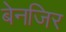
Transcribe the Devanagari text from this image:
बेनजिर